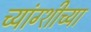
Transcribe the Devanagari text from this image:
च्यांग्शीच्या